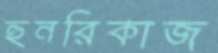
হুনরিকাজ